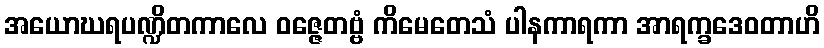
အယောဃရပဏ္ဍိတကာလေ ဝဇ္ဇေတဗ္ဗံ ကိမေတေသံ ပါနကာရကာ အာရက္ခဒေဝတာဟိ